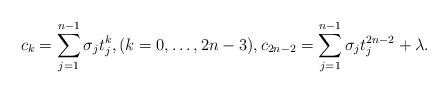
LaTeX: \begin{align*} c_k=\sum_{j=1}^{n-1}\sigma_j t_j^k,(k=0,\dots, 2n-3), c_{2n-2}=\sum_{j=1}^{n-1}\sigma_j t_j^{2n-2}+\lambda.\end{align*}